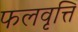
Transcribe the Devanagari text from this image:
फलवृत्ति